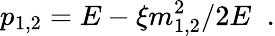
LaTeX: p_{1,2}=E-\xi m_{1,2}^{2}/2E\; \; .